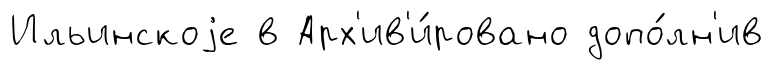
Ильинскоjе в Арх'ив'и́ровано допо́лн'ив